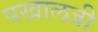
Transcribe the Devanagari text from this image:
पखालजी